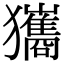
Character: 𤣑